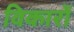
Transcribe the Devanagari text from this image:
विकारों